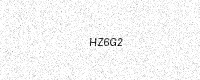
Text: HZ6G2